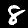
Label: 8